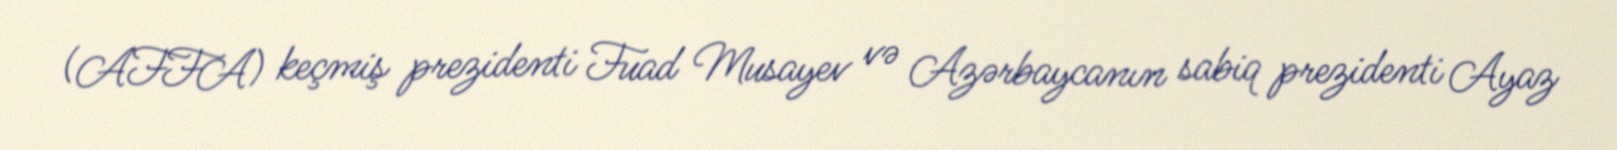
(AFFA) keçmiş prezidenti Fuad Musayev və Azərbaycanın sabiq prezidenti Ayaz